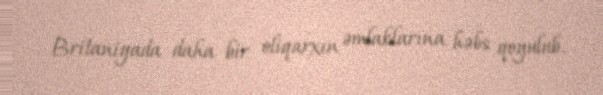
Britaniyada daha bir oliqarxın əmlaklarına həbs qoyulub.